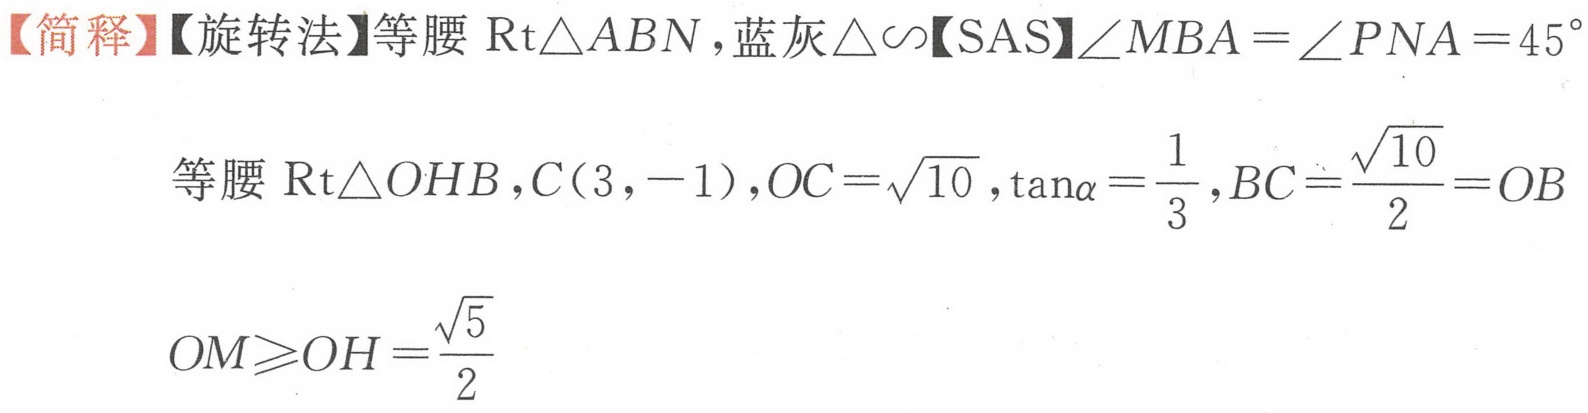
【简释】【旋转法】等腰\(\text{Rt}\triangle ABN\)，蓝灰\(\triangle\sim\)【SAS】\(\angle MBA = \angle PNA = 45^{\circ}\)
等腰\(\text{Rt}\triangle OHB\)，\(C(3,-1)\)，\(OC = \sqrt{10}\)，\(\tan\alpha=\frac{1}{3}\)，\(BC = \frac{\sqrt{10}}{2}=OB\)
\(OM\geqslant OH=\frac{\sqrt{5}}{2}\)